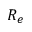
R _ { e }